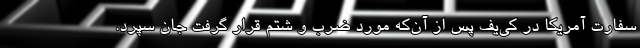
سفارت آمریکا در کی‌یف پس از آن‌که مورد ضرب و شتم قرار گرفت جان سپرد.